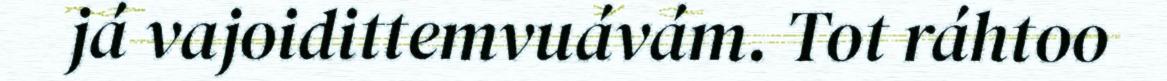
já vajoidittemvuávám. Tot ráhtoo